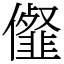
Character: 㒠